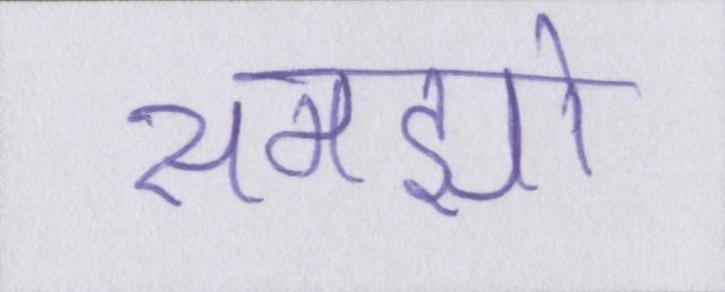
समझो